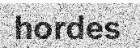
hordes